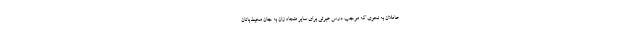
عاملان به نحوی که موجب درس عبرتی برای سایر متجاوزان به جان محیط‌بانان